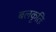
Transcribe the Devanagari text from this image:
बलकृतिः